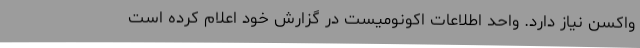
واکسن نیاز دارد. واحد اطلاعات اکونومیست در گزارش خود اعلام کرده است